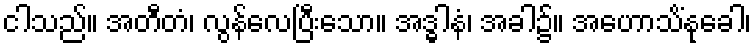
ငါသည်။ အတီတံ၊ လွန်လေပြီးသော။ အဒ္ဓါနံ၊ အခါ၌။ အဟောသိံနုခေါ၊